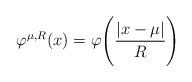
LaTeX: \begin{align*}\varphi^{\mu,R}( x)=\varphi\Bigg(\frac{| x-\mu|}{R}\Bigg) \end{align*}